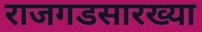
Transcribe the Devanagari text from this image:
राजगडसारख्या